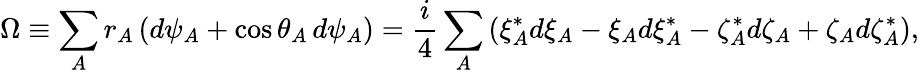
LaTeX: \Omega\equiv\sum_{A}r_{A}\, (d\psi_{A}+\cos\theta_{A}\, d\psi_{A})=\frac{i}{4}\sum_{A}\left(\xi_{A}^{*}d\xi_{A}-\xi_{A}d\xi_{A}^{*}-\zeta_{A}^{*}d\zeta_{A}+\zeta_{A}d\zeta_{A}^{*}\right),